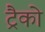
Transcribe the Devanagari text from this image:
ट्रैको